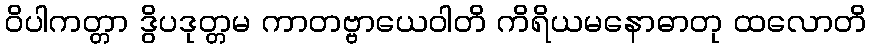
ဝိပါကတ္တာ ဒွိပဒုတ္တမ ကာတဗ္ဗာယေဝါတိ ကိရိယမနောဓာတု ထလောတိ